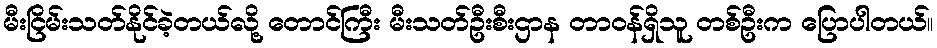
မီးငြိမ်းသတ်နိုင်ခဲ့တယ်လို့ တောင်ကြီး မီးသတ်ဦးစီးဌာန တာဝန်ရှိသူ တစ်ဦးက ပြောပါတယ်။